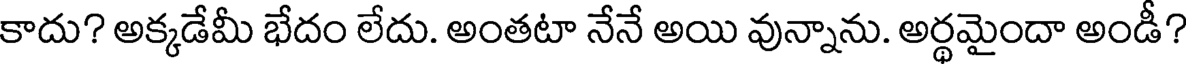
కాదు? అక్కడేమీ భేదం లేదు. అంతటా నేనే అయి వున్నాను. అర్థమైందా అండీ?